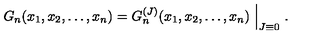
G _ { n } ( x _ { 1 } , x _ { 2 } , \dots , x _ { n } ) = G _ { n } ^ { ( J ) } ( x _ { 1 } , x _ { 2 } , \dots , x _ { n } ) \Bigm | _ { J \equiv 0 } .